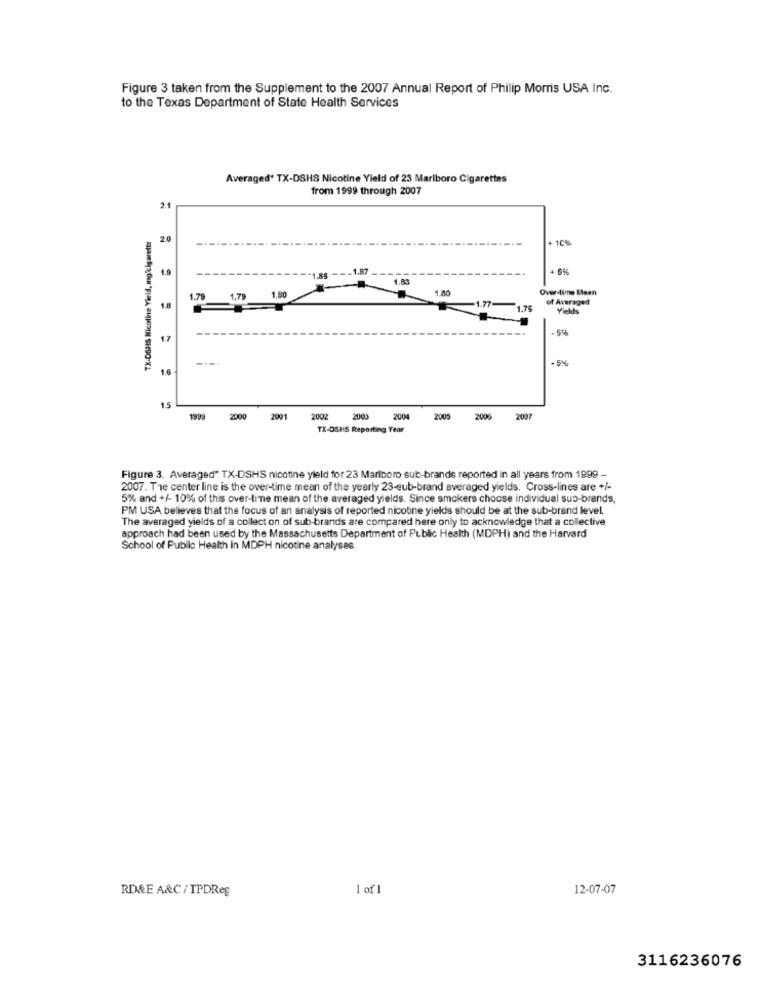
Figure 3 taken from the Supplement to the 2007 Annual Report of Philip Morris USA Inc.
to the Texas Department of State Health Services
Averaged' TX-DSHS Nicotine Yield of 23 Marlboro Cigarettes
from 1999 through 2007
2.1
TX-DSHS Nicotine Yield, mg'cigarette
2.0
+ 10%
19
1.87
+ 65
1.85
1.83
1.80
1.80
Over-time Ilean
1.79
1.79
1.77
of Averaged
1.8
1.75
Yields
1.7
1.6
1.5
1999
2000
2001
2002
2003
2004
2005
2006
2007
TX-OSHS Reporting Year
Figure 3. Averaged" TX-DSHS nicotine yield for 23 Marlboro sub-brands reported in all years from 1999 -
2007. The center line is the over-time mean of the yearly 23-eub-brand averaged yields. Cross-lines are +/-
5% and +/- 10% of this over-time mean of the averaged yields. Since smokers choose individual sus-brands,
PM USA believes that the focus of an analysis of reported nicotine yields should be at the sub-brand level.
The averaged yields of a collect on of sub-brands are compared here only to acknowledge that a collective
approach had been used by the Massachusetts Department of Public Health (MDPH) and the Harvard
School of Public Health in MDPH nicotine analyses.
RD&E A&C / TPDReg
1 of 1
12-07-07
3116236076